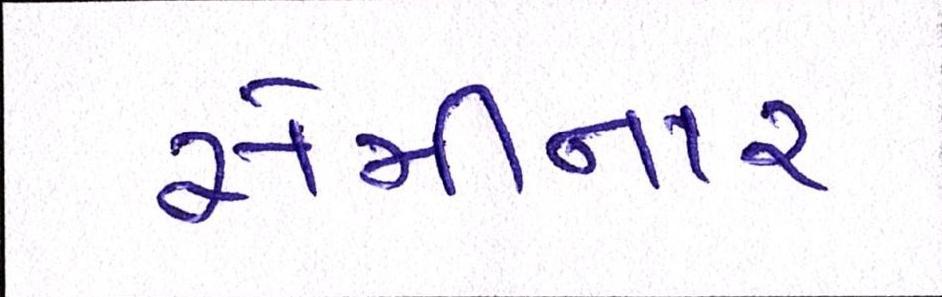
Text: સેમીનાર